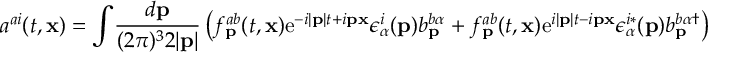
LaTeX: a ^ { a i } ( t , { \bf x } ) = \int \! { \frac { d { \bf p } } { ( 2 \pi ) ^ { 3 } 2 | { \bf p } | } } \left( f _ { \bf p } ^ { a b } ( t , { \bf x } ) \mathrm { e } ^ { - i | { \bf p } | t + i { \bf p x } } \epsilon _ { \alpha } ^ { i } ( { \bf p } ) b _ { \bf p } ^ { b \alpha } + f _ { \bf p } ^ { a b } ( t , { \bf x } ) \mathrm { e } ^ { i | { \bf p } | t - i { \bf p x } } \epsilon _ { \alpha } ^ { i * } ( { \bf p } ) b _ { \bf p } ^ { b \alpha \dagger } \right)